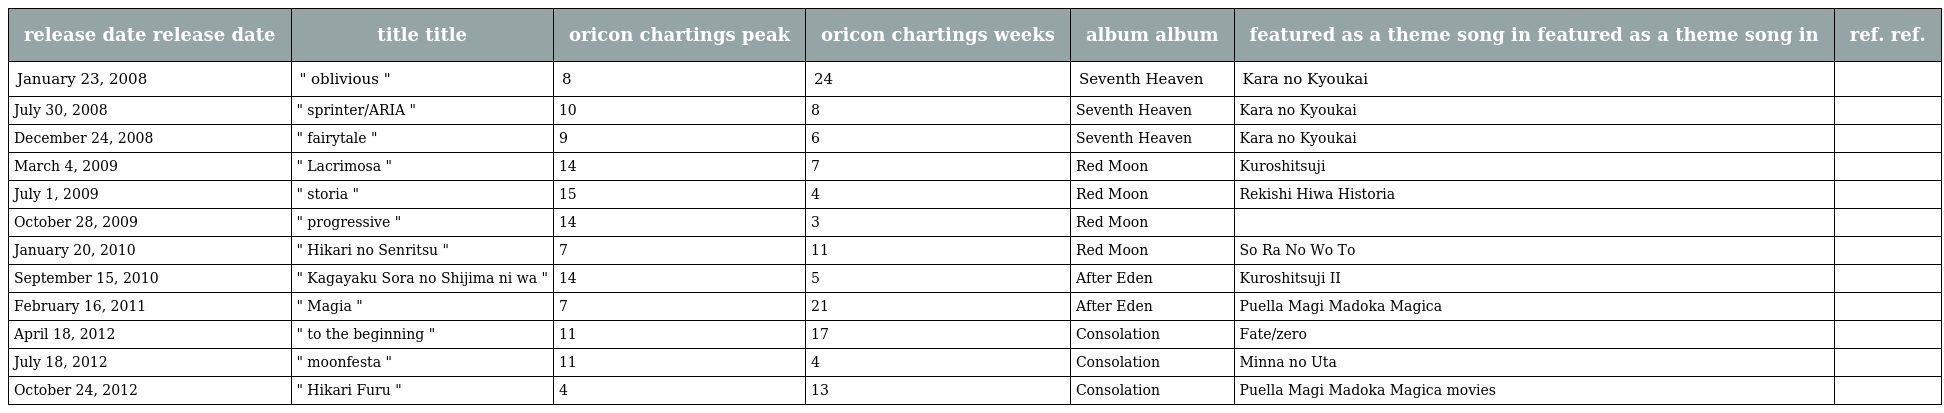
| release date release date | title title | oricon chartings peak | oricon chartings weeks | album album | featured as a theme song in featured as a theme song in | ref. ref. |
 | --- | --- | --- | --- | --- | --- | --- |
 | January 23, 2008 | " oblivious " | 8 | 24 | Seventh Heaven | Kara no Kyoukai |  |
 | July 30, 2008 | " sprinter/ARIA " | 10 | 8 | Seventh Heaven | Kara no Kyoukai |  |
 | December 24, 2008 | " fairytale " | 9 | 6 | Seventh Heaven | Kara no Kyoukai |  |
 | March 4, 2009 | " Lacrimosa " | 14 | 7 | Red Moon | Kuroshitsuji |  |
 | July 1, 2009 | " storia " | 15 | 4 | Red Moon | Rekishi Hiwa Historia |  |
 | October 28, 2009 | " progressive " | 14 | 3 | Red Moon |  |  |
 | January 20, 2010 | " Hikari no Senritsu " | 7 | 11 | Red Moon | So Ra No Wo To |  |
 | September 15, 2010 | " Kagayaku Sora no Shijima ni wa " | 14 | 5 | After Eden | Kuroshitsuji II |  |
 | February 16, 2011 | " Magia " | 7 | 21 | After Eden | Puella Magi Madoka Magica |  |
 | April 18, 2012 | " to the beginning " | 11 | 17 | Consolation | Fate/zero |  |
 | July 18, 2012 | " moonfesta " | 11 | 4 | Consolation | Minna no Uta |  |
 | October 24, 2012 | " Hikari Furu " | 4 | 13 | Consolation | Puella Magi Madoka Magica movies |  |